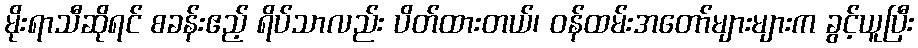
မိုးရာသီဆိုရင် စခန်းဧည့် ရိပ်သာလည်း ပိတ်ထားတယ်၊ ဝန်ထမ်းအတော်များများက ခွင့်ယူပြီး